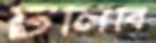
ঢলিবি